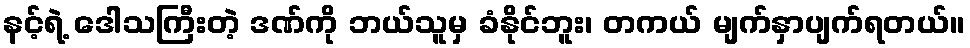
နင့်ရဲ့ ဒေါသကြီးတဲ့ ဒဏ်ကို ဘယ်သူမှ ခံနိုင်ဘူး၊ တကယ် မျက်နှာပျက်ရတယ်။